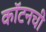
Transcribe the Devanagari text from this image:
कॉटनची